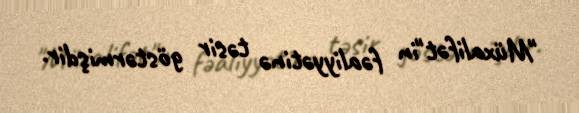
"Müxalifət"in fəaliyyətinə təsir göstərmişdir.